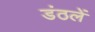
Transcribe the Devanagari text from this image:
डंठलें